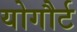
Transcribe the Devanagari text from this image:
योगौर्ट